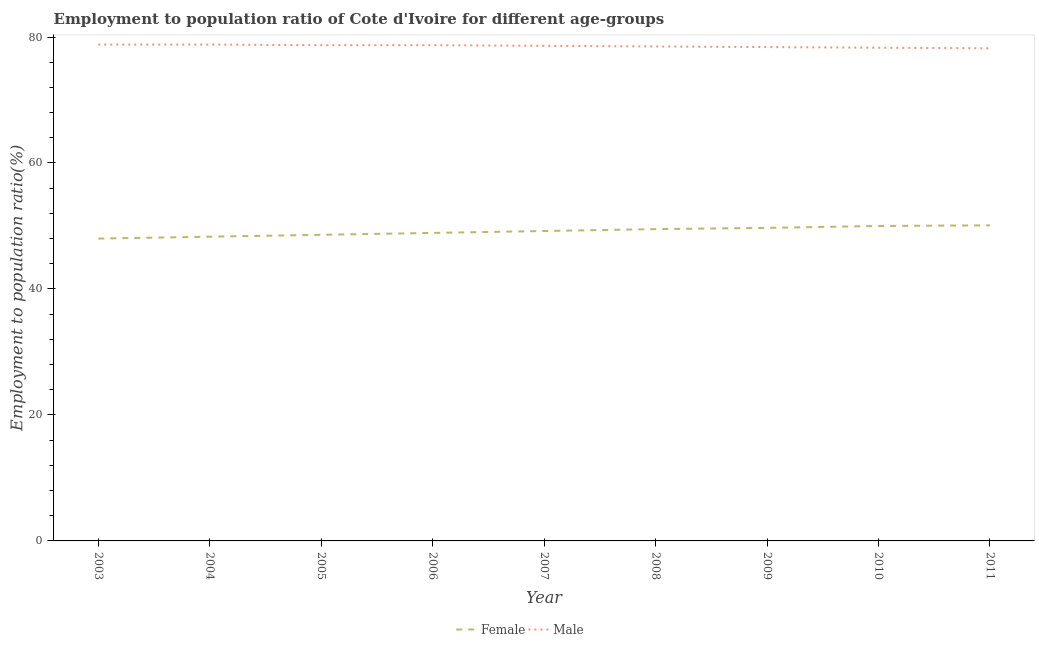
| Year | Female | Male |
 | --- | --- | --- |
 | 2003 | 48 | 78.8 |
 | 2004 | 48.3 | 78.8 |
 | 2005 | 48.6 | 78.7 |
 | 2006 | 48.9 | 78.7 |
 | 2007 | 49.2 | 78.6 |
 | 2008 | 49.5 | 78.5 |
 | 2009 | 49.7 | 78.4 |
 | 2010 | 50 | 78.3 |
 | 2011 | 50.1 | 78.2 |